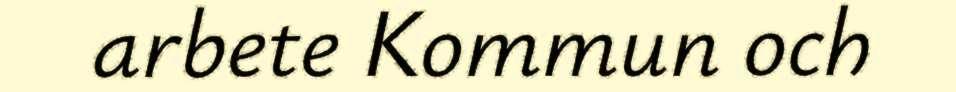
arbete Kommun och